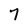
Character: 7